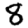
Digit: 8